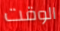
الوقت